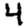
Digit: 4